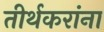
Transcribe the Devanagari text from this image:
तीर्थकरांना